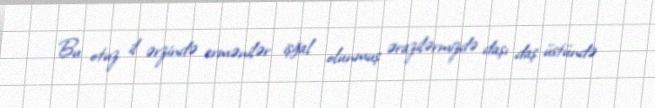
Bu otuz il ərzində ermənilər işğal olunmuş ərazilərmizdə daşı daş üstündə